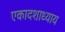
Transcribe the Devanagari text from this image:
एकादशाध्याय